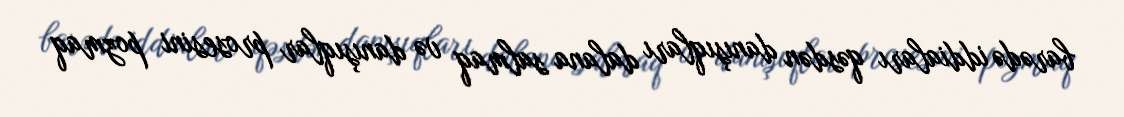
barədə iddiaları qəsdən danışıqları dalana salmaq və danışıqlar prosesini pozmaq